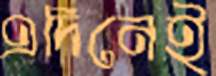
এদিনেই